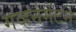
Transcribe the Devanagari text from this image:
गव्हर्नमेंटने